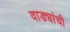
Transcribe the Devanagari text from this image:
वाड्यांची